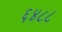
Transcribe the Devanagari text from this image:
६४८८